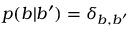
p ( b | b ^ { \prime } ) = \delta _ { b , b ^ { \prime } }